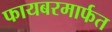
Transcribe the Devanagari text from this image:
फायबरमार्फत